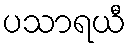
ပသာရယီ